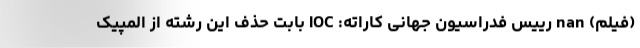
(فیلم) nan رییس فدراسیون جهانی کاراته: IOC بابت حذف این رشته از المپیک